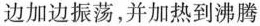
边加边振荡，并加热到沸腾